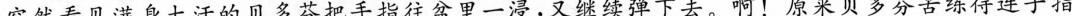
突然看见满身大汗的贝多芬把手指往盆里一浸，又继续弹下去。啊！原来贝多芬苦练得连手指